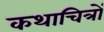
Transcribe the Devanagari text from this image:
कथाचित्रों